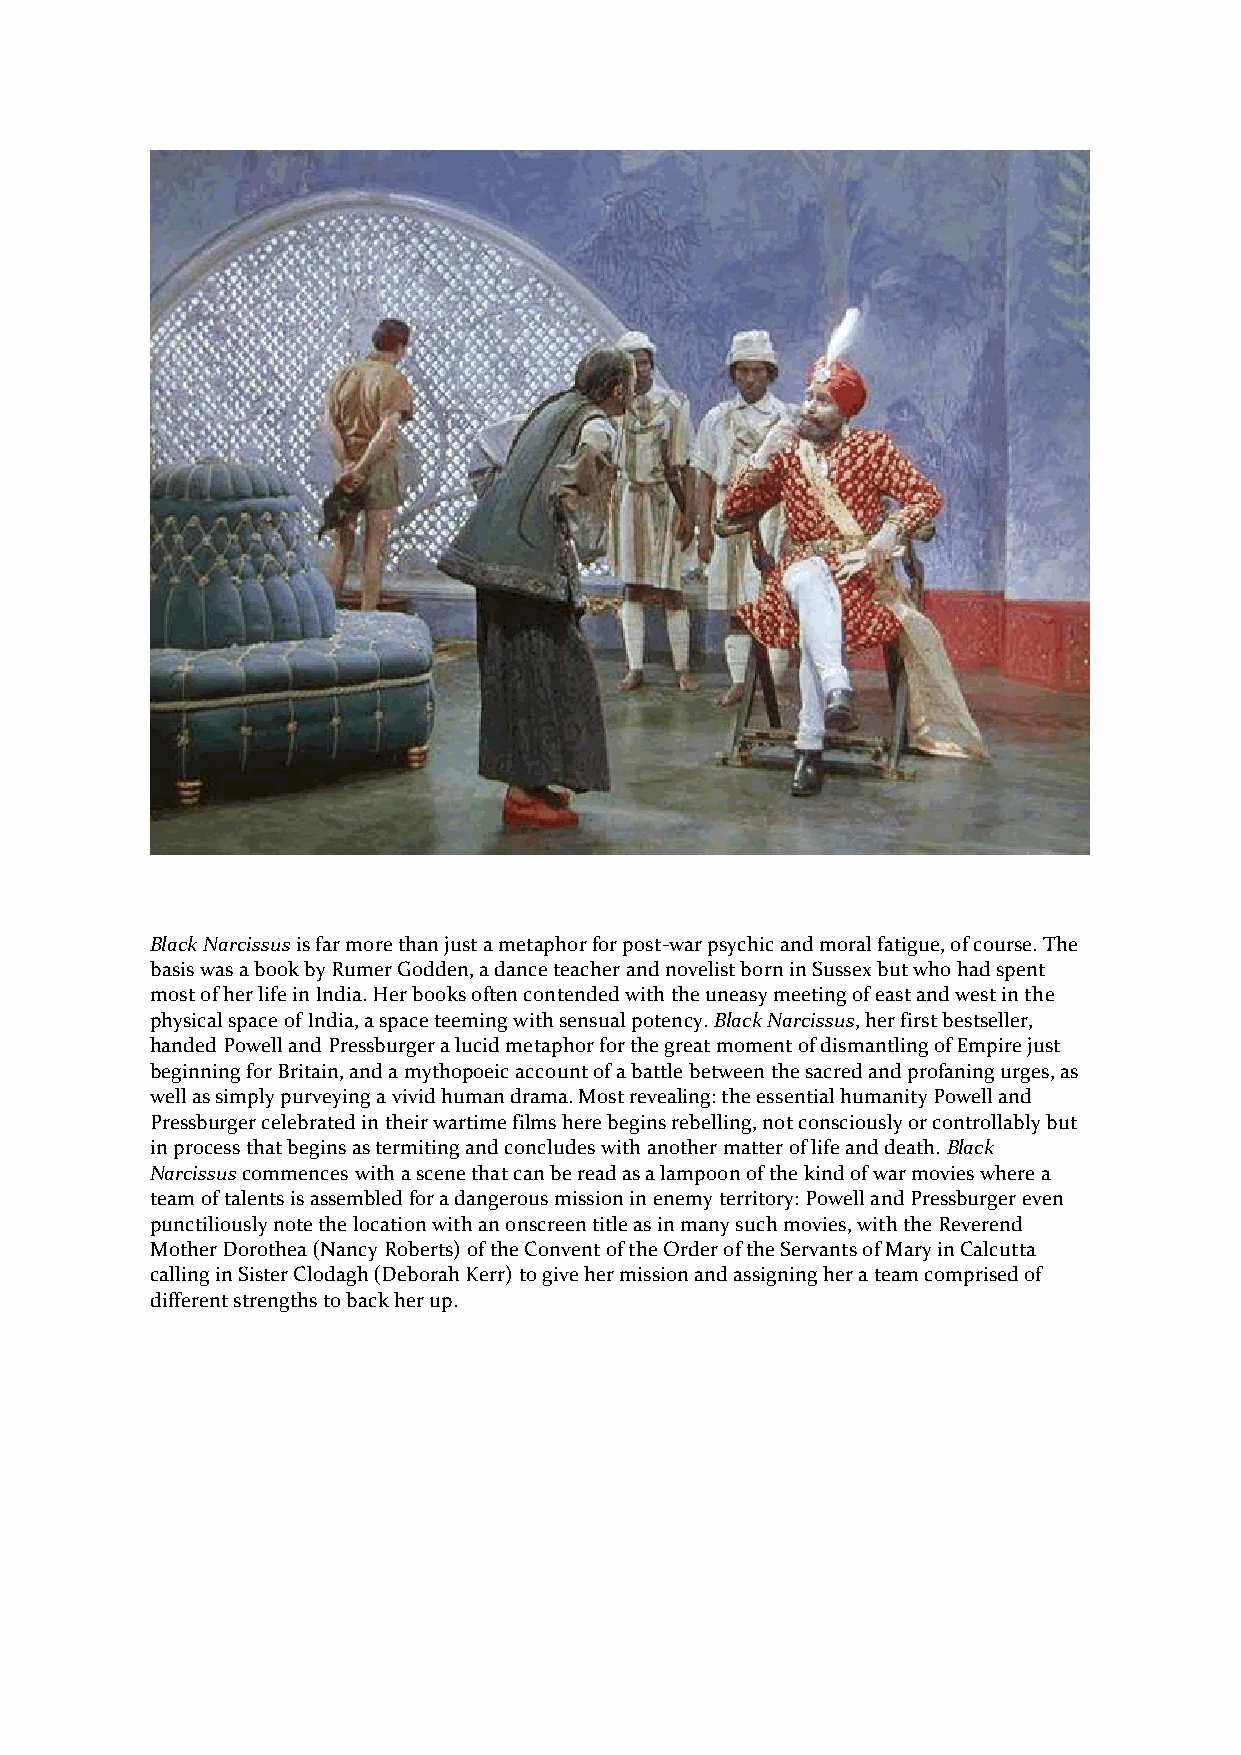
Black Narcissus is far more than just a metaphor for post-war psychic and moral fatigue, of course. The
 basis was a book by Rumer Godden, a dance teacher and novelist born in Sussex but who had spent
 most of her life in India. Her books often contended with the uneasy meeting of east and west in the
 physical space of India, a space teeming with sensual potency. Black Narcissus, her first bestseller,
 handed Powell and Pressburger a lucid metaphor for the great moment of dismantling of Empire just
 beginning for Britain, and a mythopoeic account of a battle between the sacred and profaning urges, as
 well as simply purveying a vivid human drama. Most revealing: the essential humanity Powell and
 Pressburger celebrated in their wartime films here begins rebelling, not consciously or controllably but
 in process that begins as termiting and concludes with another matter of life and death. Black
 Narcissus commences with a scene that can be read as a lampoon of the kind of war movies where a
 team of talents is assembled for a dangerous mission in enemy territory: Powell and Pressburger even
 punctiliously note the location with an onscreen title as in many such movies, with the Reverend
 Mother Dorothea (Nancy Roberts) of the Convent of the Order of the Servants of Mary in Calcutta
 calling in Sister Clodagh (Deborah Kerr) to give her mission and assigning her a team comprised of
 different strengths to back her up.